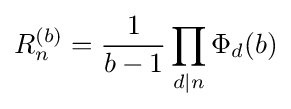
R_{n}^{(b)}={\frac {1}{b-1}}\prod _{d|n}\Phi _{d}(b)